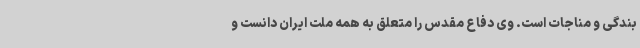
بندگی و مناجات است. وی دفاع مقدس را متعلق به همه ملت ایران دانست و